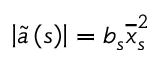
\left\vert \widetilde { a } \left( s \right) \right\vert = b _ { s } \overline { { x } } _ { s \, } ^ { 2 }